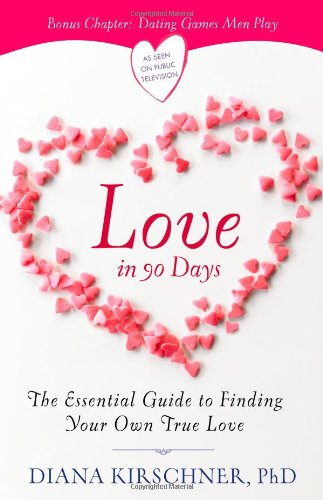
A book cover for Love in 90 Days: The Essential Guide to Finding Your Own True Love; Self-Help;